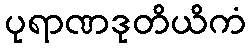
ပုရာဏဒုတိယိကံ